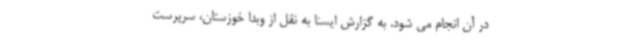
در آن انجام می شود. به گزارش ایسنا به نقل از وبدا خوزستان، سرپرست